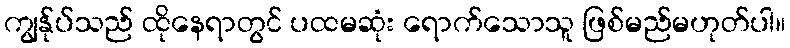
ကျွန်ုပ်သည် ထိုနေရာတွင် ပထမဆုံး ရောက်သောသူ ဖြစ်မည်မဟုတ်ပါ။